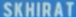
SKHIRAT